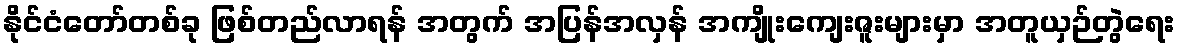
နိုင်ငံတော်တစ်ခု ဖြစ်တည်လာရန် အတွက် အပြန်အလှန် အကျိုးကျေးဇူးများမှာ အတူယှဉ်တွဲရေး